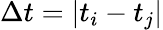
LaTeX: \Delta t=\left|t_{i}-t_{j}\right|